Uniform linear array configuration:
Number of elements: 48
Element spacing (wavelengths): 0.25
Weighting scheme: exponential
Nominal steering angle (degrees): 30
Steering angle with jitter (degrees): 31.616
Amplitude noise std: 0.05
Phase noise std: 0.05

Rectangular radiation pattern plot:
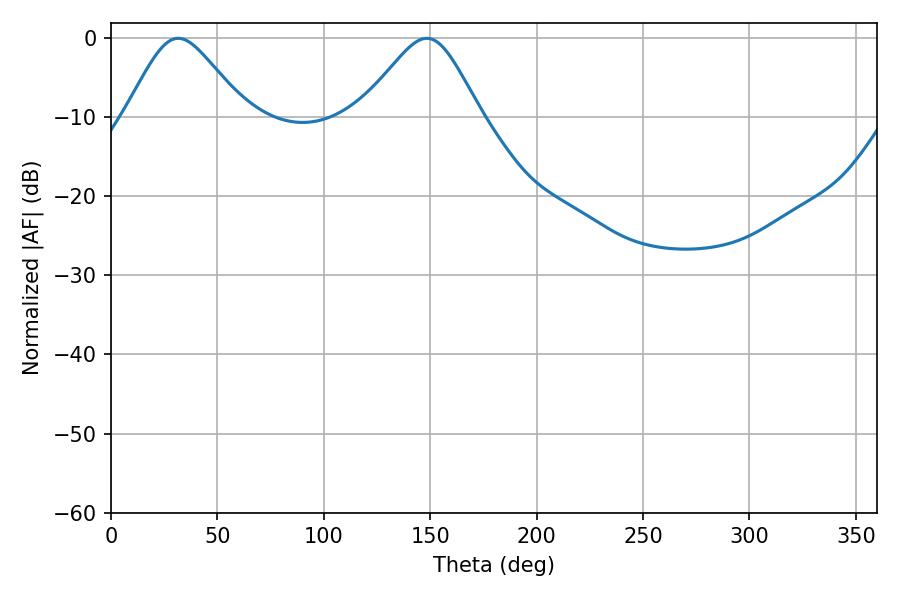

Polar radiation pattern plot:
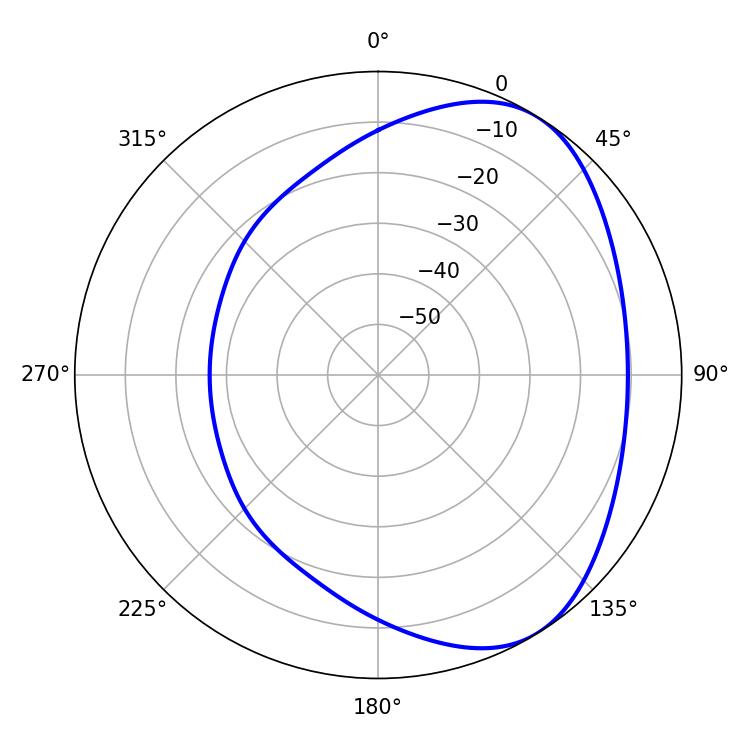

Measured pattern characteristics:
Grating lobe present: FALSE
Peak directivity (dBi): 4.764
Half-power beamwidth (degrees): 27.54
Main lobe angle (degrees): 31.68